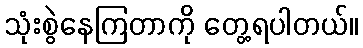
သုံးစွဲနေကြတာကို တွေ့ရပါတယ်။